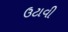
ઉટાવી